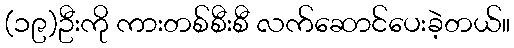
(၁၉)ဦးကို ကားတစ်စီးစီ လက်ဆောင်ပေးခဲ့တယ်။